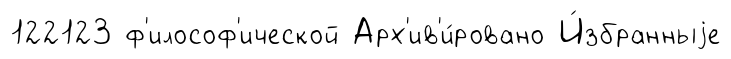
122123 ф'илософ'ической Арх'ив'и́ровано И́збранныjе